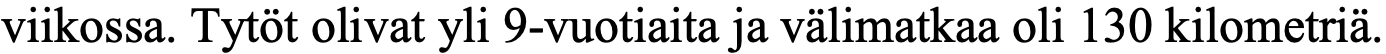
viikossa. Tytöt olivat yli 9-vuotiaita ja välimatkaa oli 130 kilometriä.